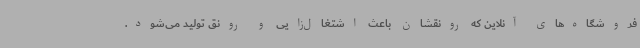
فروشگاه‌های آنلاین که رونقشان باعث اشتغال‌زایی و رونق تولید می‌شود.